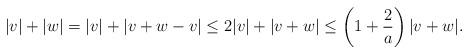
LaTeX: \begin{align*} |v| + |w| = |v| + |v+w - v| \leq 2|v| + |v+w| \leq \left(1 + \frac{2}{a} \right)|v+w|.\end{align*}